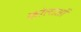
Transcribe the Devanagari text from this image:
कोलाओं